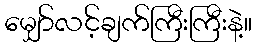
မျှော်လင့်ချက်ကြီးကြီးနဲ့။